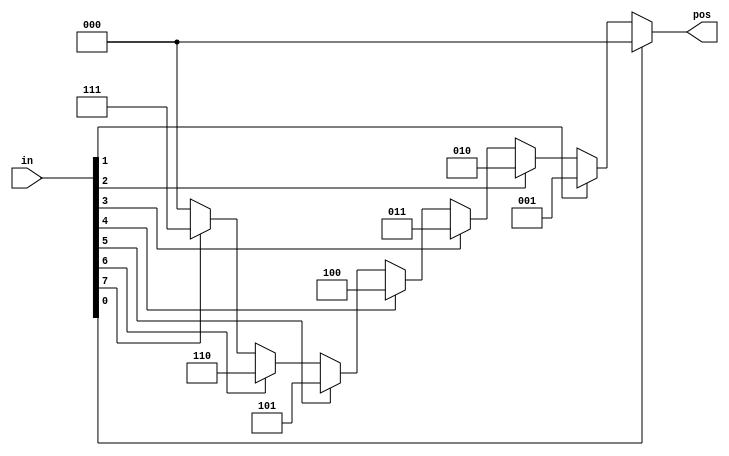
// synthesis verilog_input_version verilog_2001
module top_module (
    input [7:0] in,
    output reg [2:0] pos );

// not use casez
    
always @(*) begin
    pos = (in[0]) ? 3'd0:
          (in[1]) ? 3'd1:
          (in[2]) ? 3'd2:
          (in[3]) ? 3'd3:
          (in[4]) ? 3'd4:
          (in[5]) ? 3'd5:
          (in[6]) ? 3'd6:
          (in[7]) ? 3'd7:
          3'd0;
end


endmodule